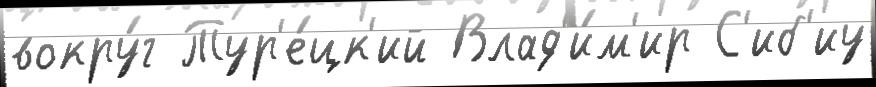
вокру́г Тур'е́цк'ий Влад'и́м'ир С'иб'иу